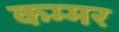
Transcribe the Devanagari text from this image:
कम्मर